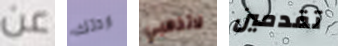
عن اردتك لاتذهبي تقدمين